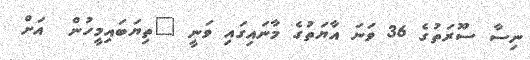
ނިސާ ސޫރަތުގެ 36 ވަނަ އާޔަތުގެ މާނައިގައި ވަނީ "ތިޔަބައިމީހުން  އަށް